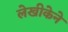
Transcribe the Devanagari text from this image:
लेखीकेने